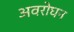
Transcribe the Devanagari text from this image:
अवरोघन